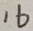
1 6